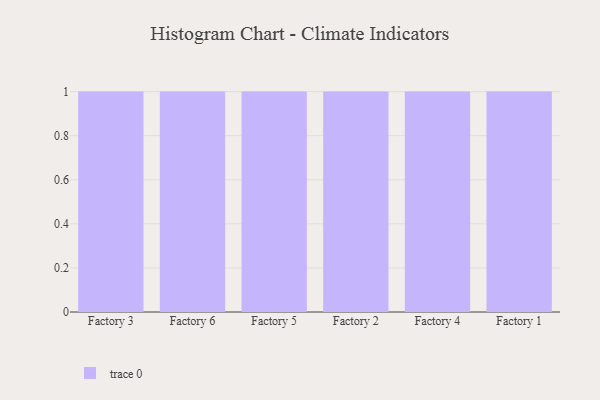
{"axis": {"x": "Factory", "y": "Backlog"}, "legend": [""], "data": [{"x": "Factory 3", "y": 81, "type": ""}, {"x": "Factory 6", "y": 4, "type": ""}, {"x": "Factory 5", "y": 70, "type": ""}, {"x": "Factory 2", "y": 91, "type": ""}, {"x": "Factory 4", "y": 35, "type": ""}, {"x": "Factory 1", "y": 37, "type": ""}]}